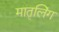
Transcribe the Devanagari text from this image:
मातृलिंग